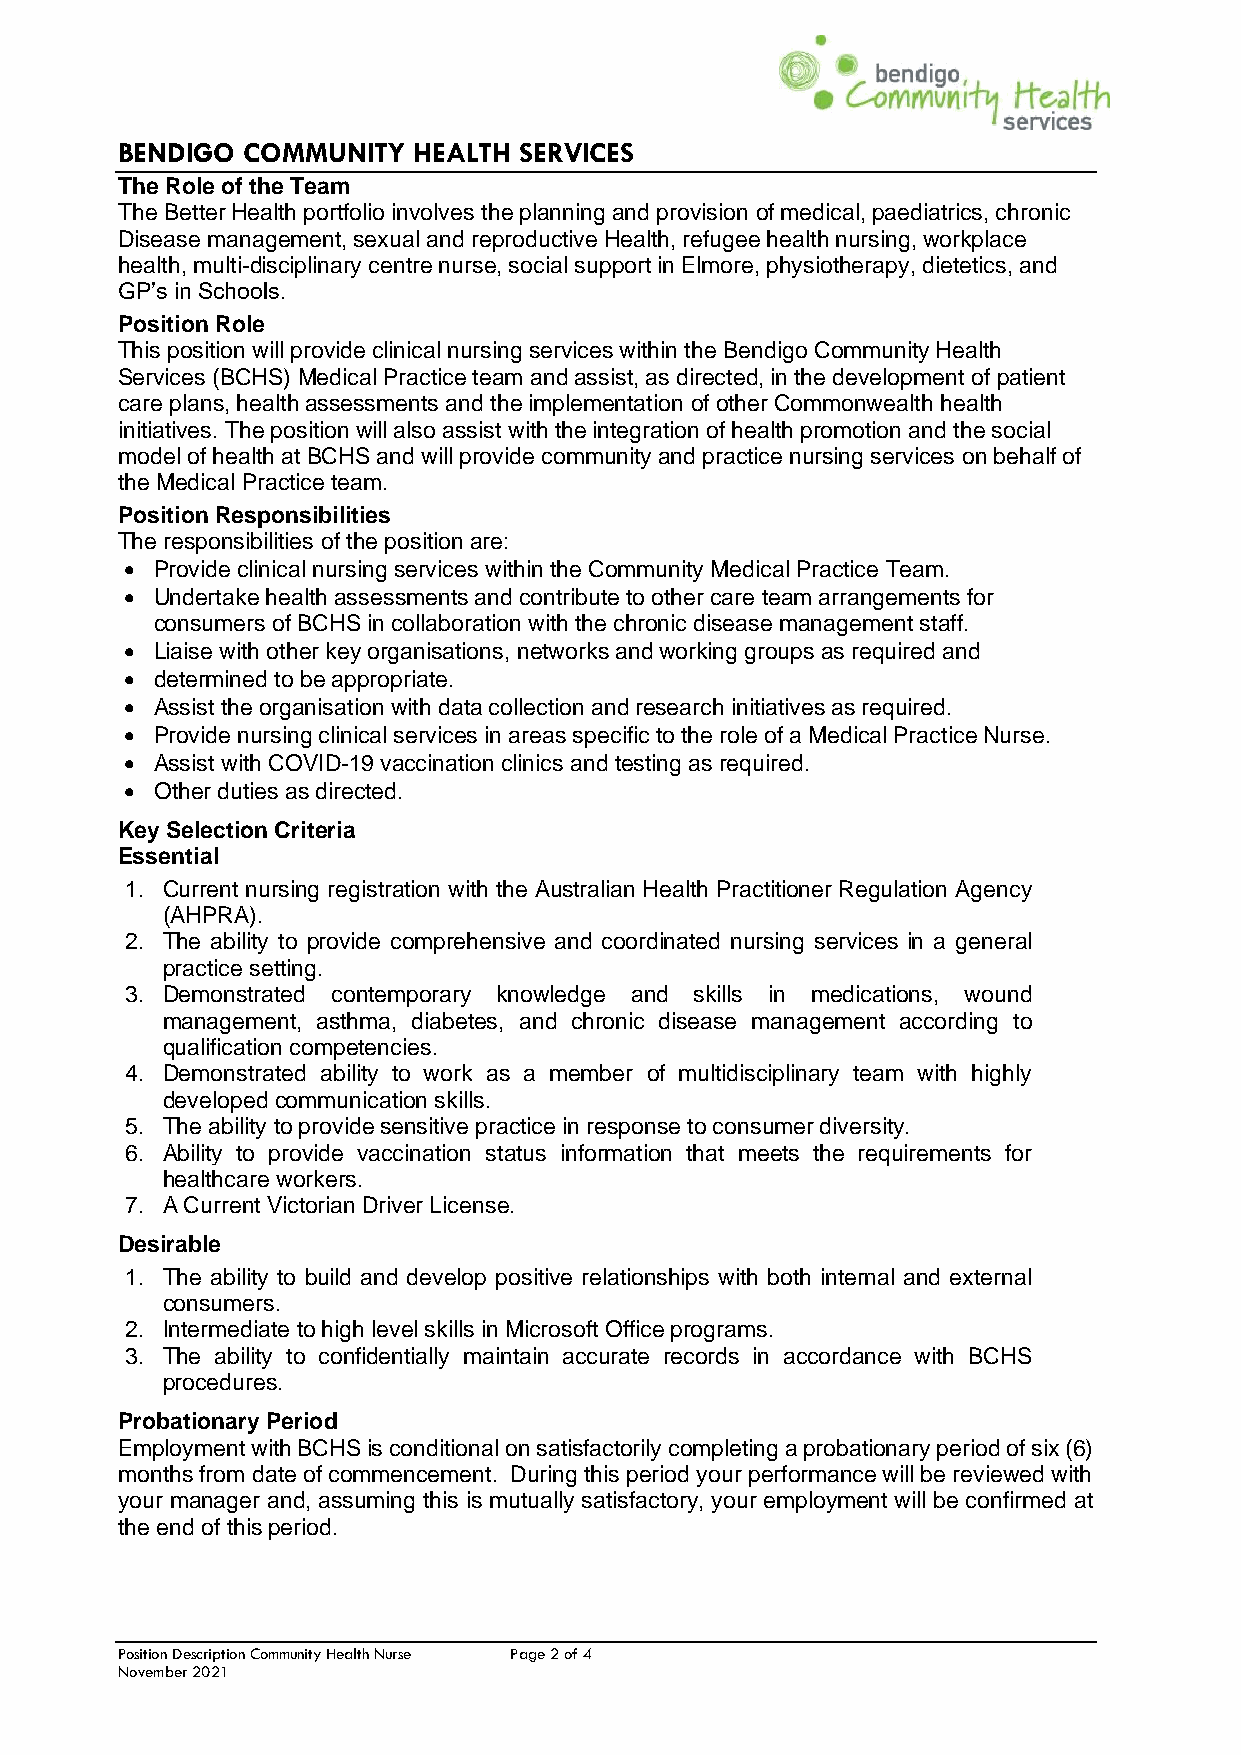
BENDIGO COMMUNITY  HEALTH SERVICES
 The Role of the Team
 The Better Health portfolio involves the planning and provision of medical, paediatrics, chronic
 Disease management, sexual and reproductive Health, refugee health nursing, workplace
 health, multi-disciplinary centre nurse, social support in Elmore, physiotherapy, dietetics, and
 GP’s in Schools.
 Position Role
 This position will provide clinical nursing services within the Bendigo Community Health
 Services (BCHS) Medical Practice team and assist, as directed, in the development of patient
 care plans, health assessments and the implementation of other Commonwealth health
 initiatives. The position will also assist with the integration of health promotion and the social
 model of health at BCHS and will provide community and practice nursing services on behalf of
 the Medical Practice team.
 Position Responsibilities
 The responsibilities of the position are:
 • Provide clinical nursing services within the Community Medical Practice Team.
 • Undertake health assessments and contribute to other care team arrangements for
 consumers of BCHS in collaboration with the chronic disease management staff.
 • Liaise with other key organisations, networks and working groups as required and
 • determined to be appropriate.
 • Assist the organisation with data collection and research initiatives as required.
 • Provide nursing clinical services in areas specific to the role of a Medical Practice Nurse.
 • Assist with COVID-19 vaccination clinics and testing as required.
 • Other duties as directed.
 Key Selection Criteria
 Essential
 1. Current nursing registration with the Australian Health Practitioner Regulation Agency
 (AHPRA).
 2. The ability to provide comprehensive and coordinated nursing services in a general
 practice setting.
 3. Demonstrated contemporary knowledge and skills in medications, wound
 management, asthma, diabetes, and chronic disease management according to
 qualification competencies.
 4. Demonstrated ability to work as a member of multidisciplinary team with highly
 developed communication skills.
 5. The ability to provide sensitive practice in response to consumer diversity.
 6. Ability to provide vaccination status information that meets the requirements for
 healthcare workers.
 7. A Current Victorian Driver License.
 Desirable
 1. The ability to build and develop positive relationships with both internal and external
 consumers.
 2. Intermediate to high level skills in Microsoft Office programs.
 3. The ability to confidentially maintain accurate records in accordance with BCHS
 procedures.
 Probationary Period
 Employment with BCHS is conditional on satisfactorily completing a probationary period of six (6)
 months from date of commencement. During this period your performance will be reviewed with
 your manager and, assuming this is mutually satisfactory, your employment will be confirmed at
 the end of this period.
 Position Description Community Health Nurse Page 2 of 4
 November 2021